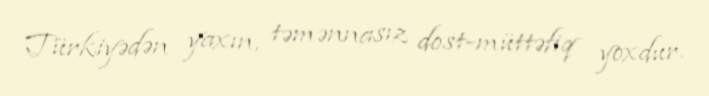
Türkiyədən yaxın, təmənnasız dost-müttəfiq yoxdur.